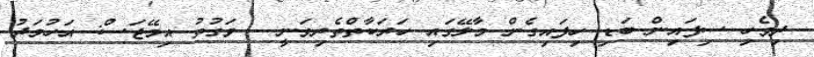
ދިވެހި ސިފައިން ބަޑި ހިފައިގެން މާލޭގައި ހަރަކާތްތެރިވަނީ - ވަގުތު އިމޭޖަސް: އަހުމަދު